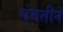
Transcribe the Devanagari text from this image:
गंमतीने